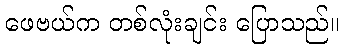
ဖေဗယ်က တစ်လုံးချင်း ပြောသည်။